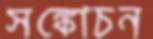
সঙ্কোচন